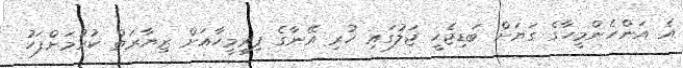
އެ އަންހެންމީހާގެ ގަޔަށް ބަޑިޖެހީ ޖަލުގައި ހުރި އޭނާގެ ފިރިމީހާއަށް ޒިޔާރަތް ކުރުމަށްފަހު